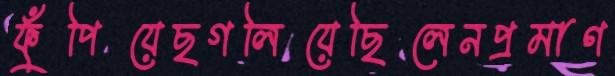
ফুঁপিয়েছগলিয়েছিলেনপ্রমাণ